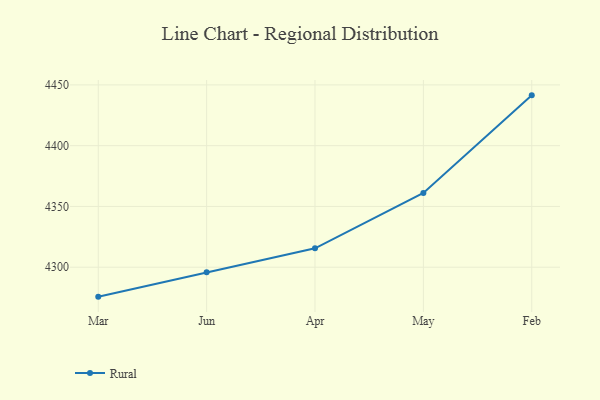
{"axis": {"x": "Month", "y": "Energy Usage (MWh)"}, "legend": ["Rural"], "data": [{"x": "Mar", "y": 4275.8, "type": "Rural"}, {"x": "Jun", "y": 4295.8, "type": "Rural"}, {"x": "Apr", "y": 4315.6, "type": "Rural"}, {"x": "May", "y": 4361.1, "type": "Rural"}, {"x": "Feb", "y": 4441.4, "type": "Rural"}]}